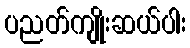
ပညတ်ကျိုးဆယ်ပါး